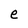
Character: e